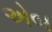
એબ